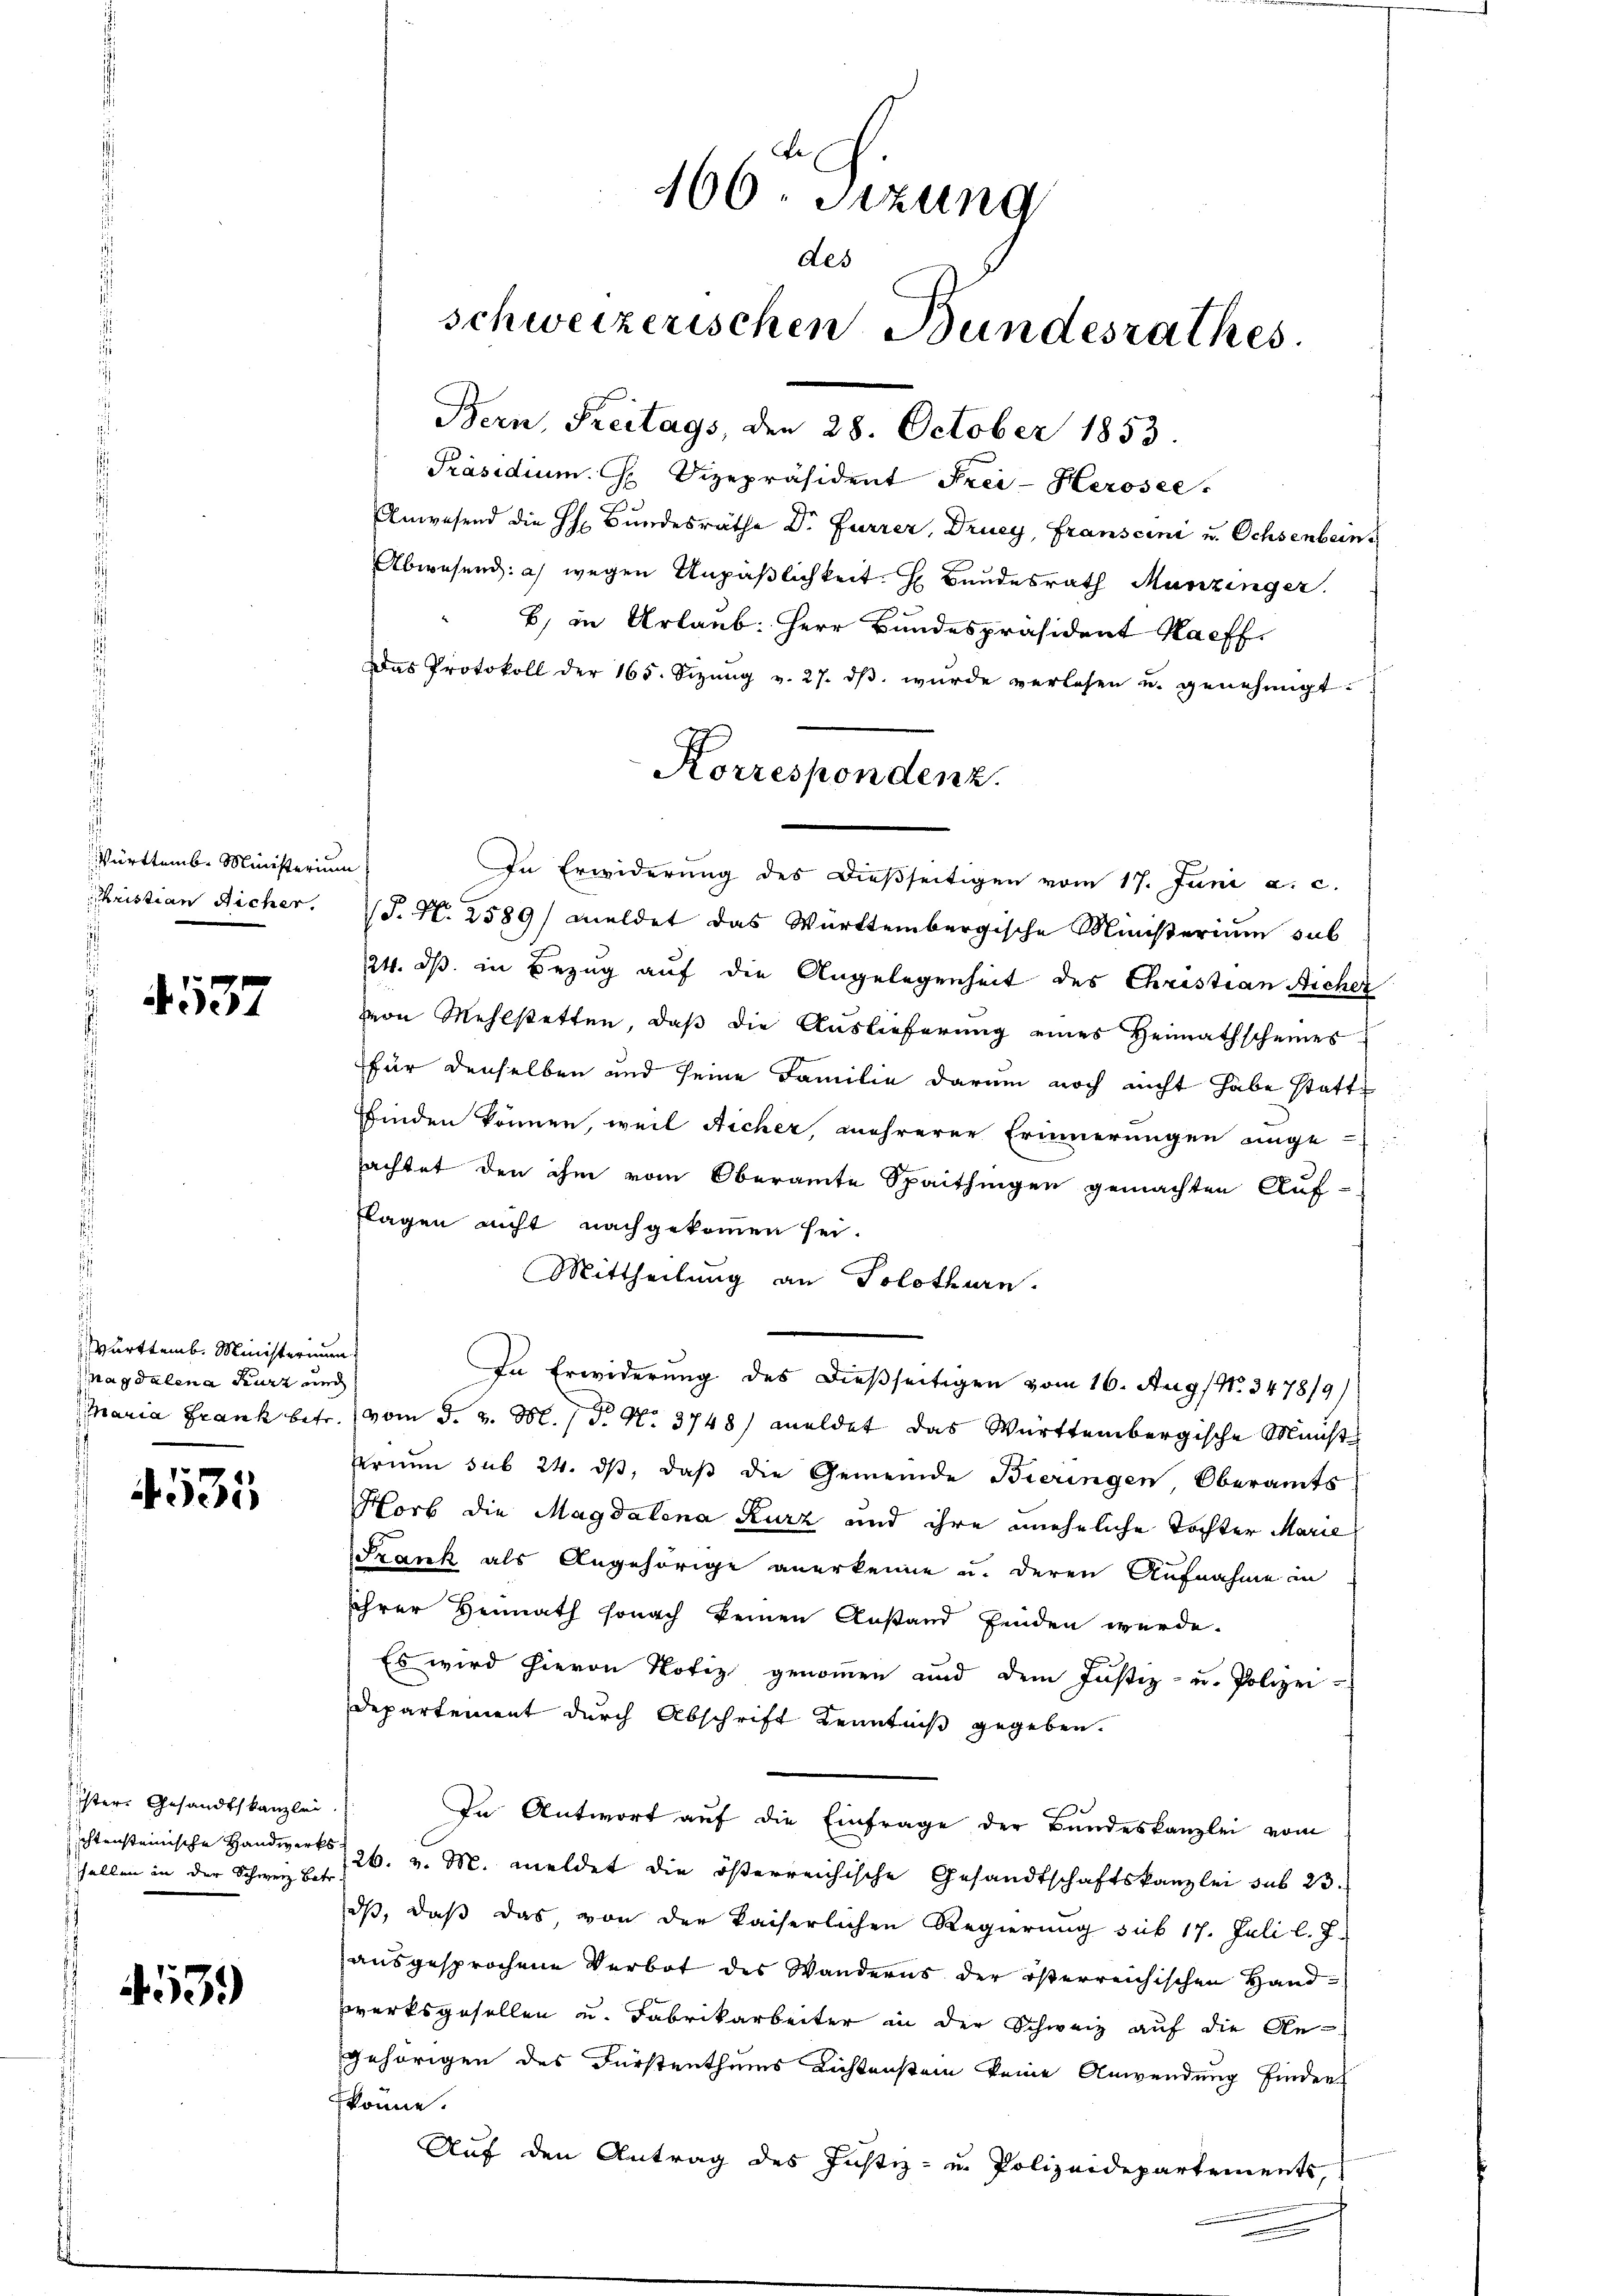
Württemb. Ministerium
hristian Richer.

4. 537

Württemb. Ministerium
agdalena Kurz und

4535

ister Gesandtskanzlei
fellen in der Schweiz Betr.

4539)

166 Sizung
des
schweizerischen Bundesrathes.
Bern, Freitags, den 28. October 1853.

Präsidium. H. Vizepräsident Frei-Herosee.
Anwesend die H. Bundesräthe Dr. Furrer, Druey, Franscini u. Ochsenbeins
Abwesend: a) wegen Unpäßlichkeit. H. Bundesrath Munzinger.
B) in Urlaub: Herr Bundespräsident Kaff
Das Protokoll der 165. Sizŭng v. 27. dβ wŭrde verlesen u. genehmigt.
In Erwiderung des Dießseitigen vom 17. Juni a. c.
(P. N. 2589/ meldet das Württembergische Ministerium sub
24. ds. in Bezug auf die Angelegenheit des Christian Nicher
von Mehlstetten, daβ die Auslieferung eines Heimathscheines
für denselben und seine Familie darum noch nicht habe statte
finden können, weil Nicher, mehrerer Erinnerungen ange-
sachtet den ihm vom Oberamte Spaithingen gemachten Auf-
flagen nicht nachgekommen sei.
Mittheilung an Solothurn.
In Erwiderung des dießseitigen vom 16. Aug / No. 3478/9)
Maria Frank betr. vom 5. v. M. (T. N. 3748) meldet das Württembergische Minist
erium sub 24. dβ, daß die Gemeinde Bieringen, Oberamts
Horb die Magdalena Kurz und ihre uneheliche Tochter Marie
Szank als Angehörige anerkenne u. deren Aufnahme in
Ihrer Heimath sonach keinen Anstand finden würde.
Es wird hievon Notiz genommen und dem Justiz- u. Polizei-
Departement durch Abschrift Kenntniß gegeben.
In Antwort auf die Einfrage der Bundeskanzlei vom
schtensteinische Handwerks 1 26. v. M. meldet die österreichische Gesandtschaftskanzlei sub 23.
ds, daß das, von der kaiserlichen Regierung sub 17. Juli l. J.
ausgesprochene Verbot des Wanderns der österreichischen Handzwerksgesellen u. Fabrikarbeiter in der Schweiz auf die An-
gehörigen des Fürstenthums Lichtenstein keine Anwendung finder
könne.
Auf den Antrag des Justiz- u. Polizeidepartements,

Korrespondenz.